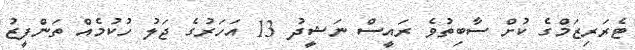
ޓެރަރިޒަމްގެ ކުށް ސާބިތުވެ ރައީސް ނަޝީދު 13 އަހަރުގެ ޖަލު ހުކުމެއް ތަންފީޒު